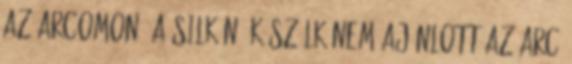
az arcomon? A Silk’n™ készülk nem ajánlott az arc